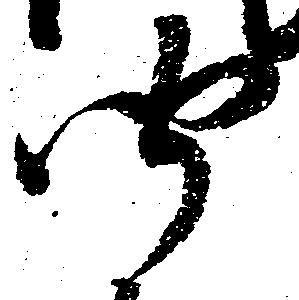
聞